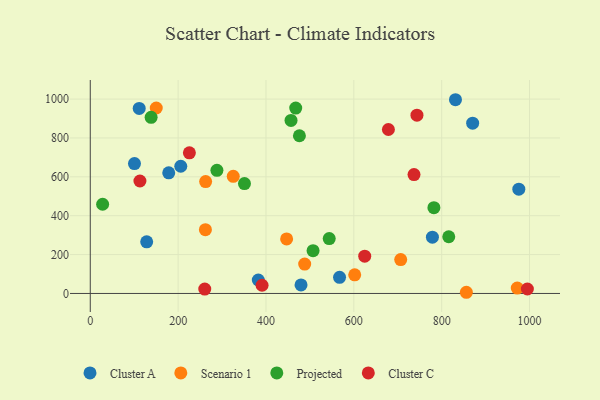
{"axis": {"x": "Study Hours", "y": "Yield"}, "legend": ["Cluster A", "Cluster C", "Projected", "Scenario 1"], "data": [{"x": "479.8", "y": 44.1, "type": "Cluster A"}, {"x": "870.5", "y": 876.0, "type": "Cluster A"}, {"x": "206.0", "y": 654.5, "type": "Cluster A"}, {"x": "567.5", "y": 83.0, "type": "Cluster A"}, {"x": "178.6", "y": 620.6, "type": "Cluster A"}, {"x": "975.6", "y": 536.4, "type": "Cluster A"}, {"x": "831.4", "y": 996.7, "type": "Cluster A"}, {"x": "111.4", "y": 952.1, "type": "Cluster A"}, {"x": "128.4", "y": 265.4, "type": "Cluster A"}, {"x": "100.6", "y": 668.3, "type": "Cluster A"}, {"x": "382.5", "y": 69.2, "type": "Cluster A"}, {"x": "778.9", "y": 289.4, "type": "Cluster A"}, {"x": "262.1", "y": 328.4, "type": "Scenario 1"}, {"x": "488.1", "y": 151.3, "type": "Scenario 1"}, {"x": "856.2", "y": 6.1, "type": "Scenario 1"}, {"x": "706.7", "y": 174.2, "type": "Scenario 1"}, {"x": "972.1", "y": 27.8, "type": "Scenario 1"}, {"x": "150.2", "y": 954.1, "type": "Scenario 1"}, {"x": "447.0", "y": 280.7, "type": "Scenario 1"}, {"x": "325.5", "y": 602.7, "type": "Scenario 1"}, {"x": "262.6", "y": 575.8, "type": "Scenario 1"}, {"x": "602.0", "y": 95.9, "type": "Scenario 1"}, {"x": "288.3", "y": 633.5, "type": "Projected"}, {"x": "507.2", "y": 220.1, "type": "Projected"}, {"x": "28.1", "y": 458.9, "type": "Projected"}, {"x": "138.5", "y": 905.9, "type": "Projected"}, {"x": "457.0", "y": 890.2, "type": "Projected"}, {"x": "351.0", "y": 565.5, "type": "Projected"}, {"x": "782.3", "y": 441.4, "type": "Projected"}, {"x": "476.1", "y": 811.3, "type": "Projected"}, {"x": "467.7", "y": 953.9, "type": "Projected"}, {"x": "544.0", "y": 282.4, "type": "Projected"}, {"x": "816.1", "y": 291.7, "type": "Projected"}, {"x": "737.0", "y": 611.8, "type": "Cluster C"}, {"x": "113.0", "y": 578.5, "type": "Cluster C"}, {"x": "678.7", "y": 843.4, "type": "Cluster C"}, {"x": "624.8", "y": 191.8, "type": "Cluster C"}, {"x": "743.7", "y": 917.4, "type": "Cluster C"}, {"x": "391.1", "y": 42.3, "type": "Cluster C"}, {"x": "995.1", "y": 22.9, "type": "Cluster C"}, {"x": "225.6", "y": 723.3, "type": "Cluster C"}, {"x": "260.6", "y": 22.8, "type": "Cluster C"}]}